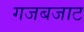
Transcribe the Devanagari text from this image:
गजबजाट